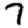
Digit: 7